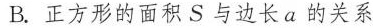
B.正方形的面积S与边长a的关系